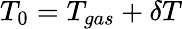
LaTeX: T_{0}=T_{gas}+\delta T